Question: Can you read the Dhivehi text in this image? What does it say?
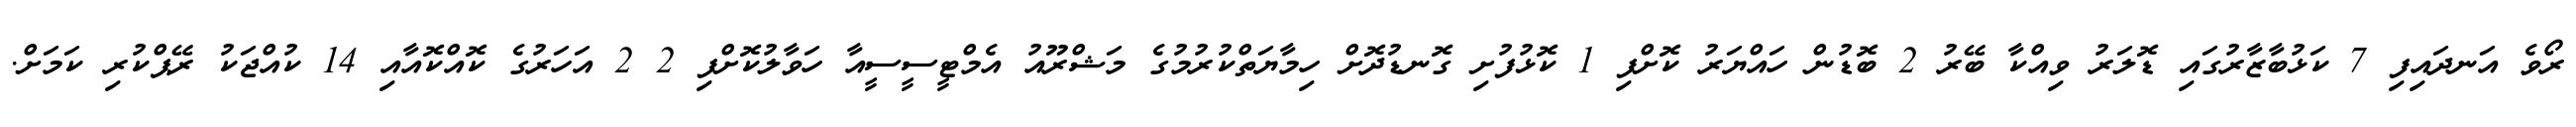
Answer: ރޯވެ އަނދައިފި 7 ކަޅުބާޒާރުގައި ޑޮލަރު ވިއްކާ ބޭރު 2 ބޮޑުން ހައްޔަރު ކޮށްފި 1 ކޮޅުފުށި ގޮނޑުދޮށް ހިމާޔަތްކުރުމުގެ މަޝްރޫއު އެމްޓީސީސީއާ ހަވާލުކޮށްފި 2 2 އަހަރުގެ ކޮއްކޮއާއި 14 ކުއްޖަކު ރޭޕްކުރި ކަމަށް.